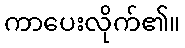
ကာပေးလိုက်၏။